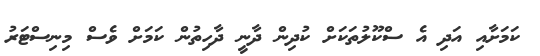
ކަމަށާއި އަދި އެ ސްކޫލުތަކަށް ކުދިން ދާނީ ދާހިތުން ކަމަށް ވެސް މިނިސްޓަރު